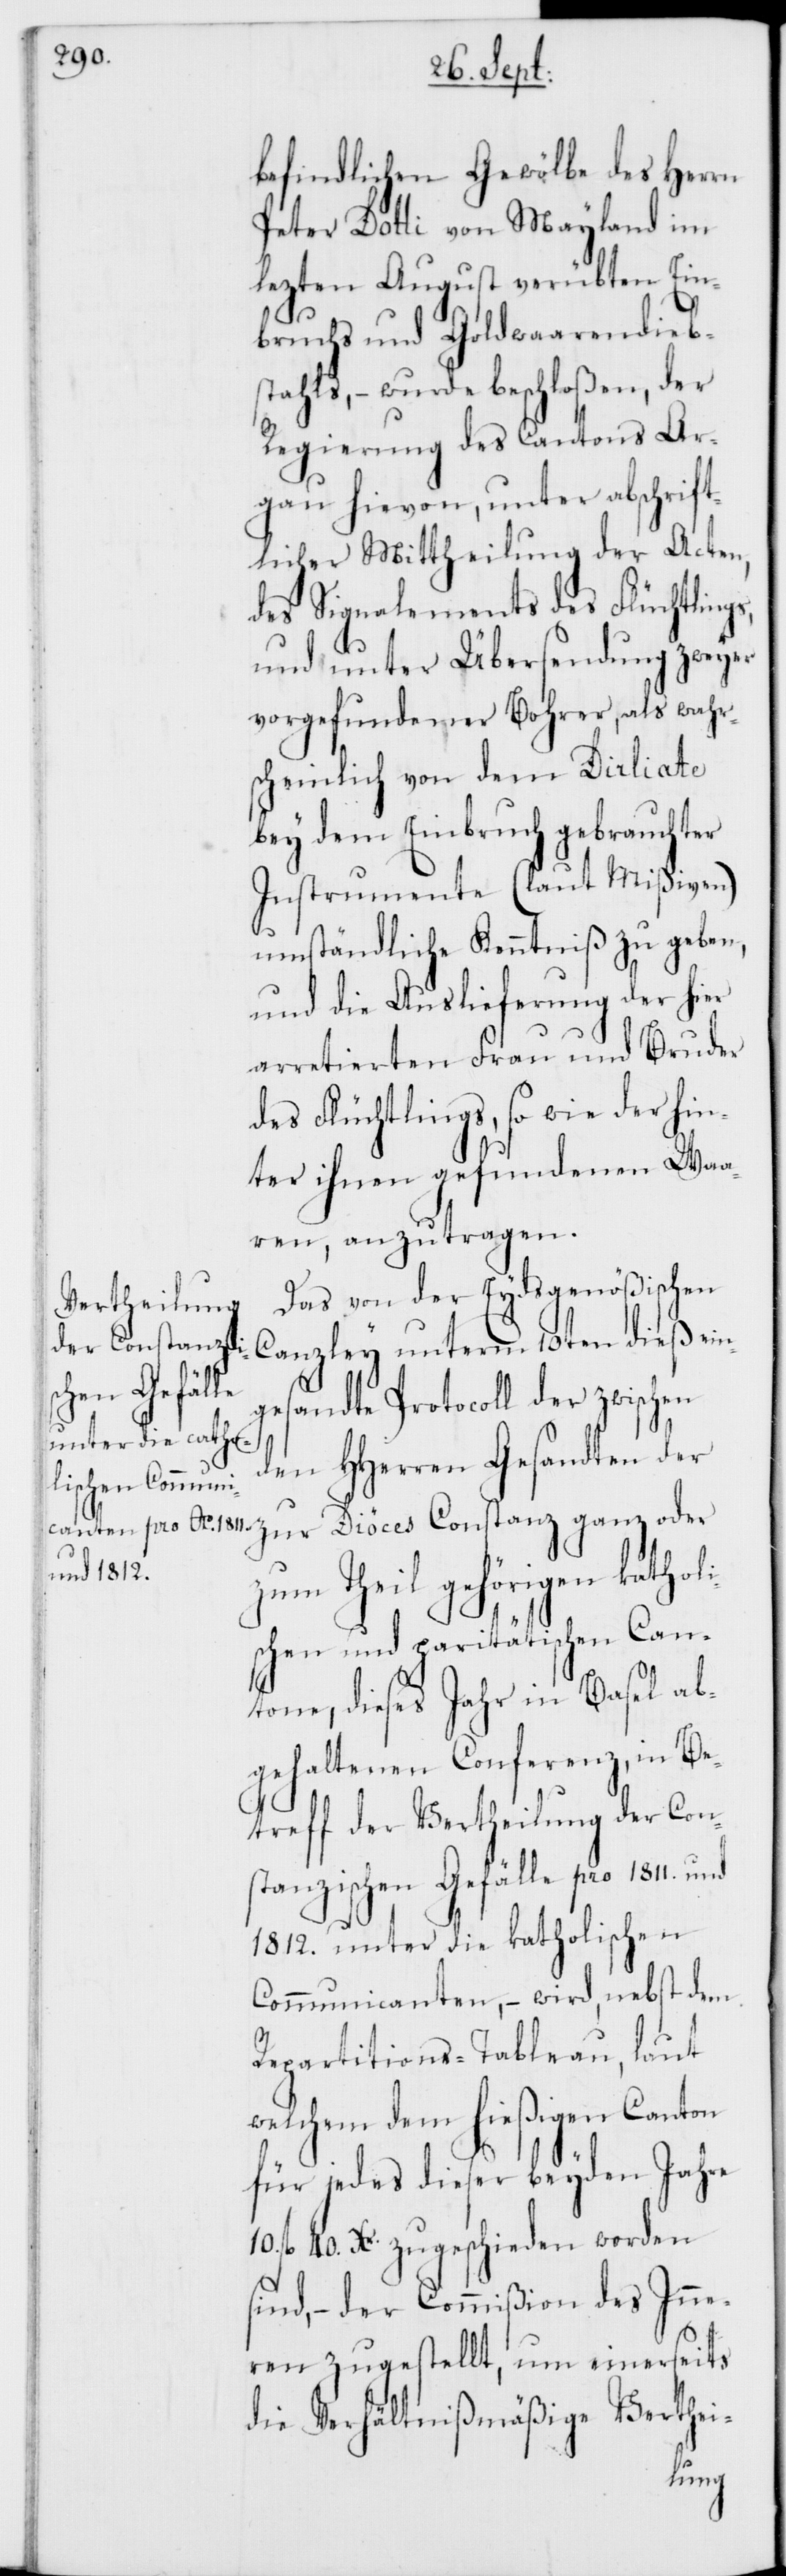
befindlichen Gewölbe des Herrn
Peter Dotti von Mayland im
lezten August verübten Ein¬
bruchs und Geldwaarendieb¬
stahls, – wurde beschloßen, der
Regierung des Cantons Ar¬
gau hievon, unter abschrift¬
licher Mittheilung der Acten,
des Signalements des Flüchtlings,
und unter Übersendung zweyer
vorgefundener Bohrer, als wahr¬
scheinlich von dem Dirliate
bey dem Einbruch gebrauchter
Instrumente (laut Mißiven)
umständliche Kenntniß zu geben,
und die Auslieferung der hier
arretierten Frau und Bruder
des Flüchtlings, so wie der hin¬
ter ihnen gefundenen Waa¬
ren, anzutragen.
Das von der Eydsgenößischen
Canzley unterm 10ten dieß ein¬
gesandte Protocoll der zwischen
den HHerren Gesandten der
zur Diöces Constanz ganz oder
zum Theil gehörigen katholi¬
schen und paritätischen Can¬
tone, dieses Jahr in Basel ab¬
gehaltenen Conferenz, in Be¬
treff der Vertheilung der Cons¬
tanzischen Gefälle pro 1811. und
1812. unter die katholischen
Communicanten, – wird, nebst dem
Repartitions-Tableau, laut
welchem dem hießigen Canton
für jedes dieser beyden Jahre
10. fl. 40. Xr. zugeschieden worden
sind, – der Commißion des Inne¬
ren zugestellt, um einerseits
die Verhältnißmäßige Verthei-